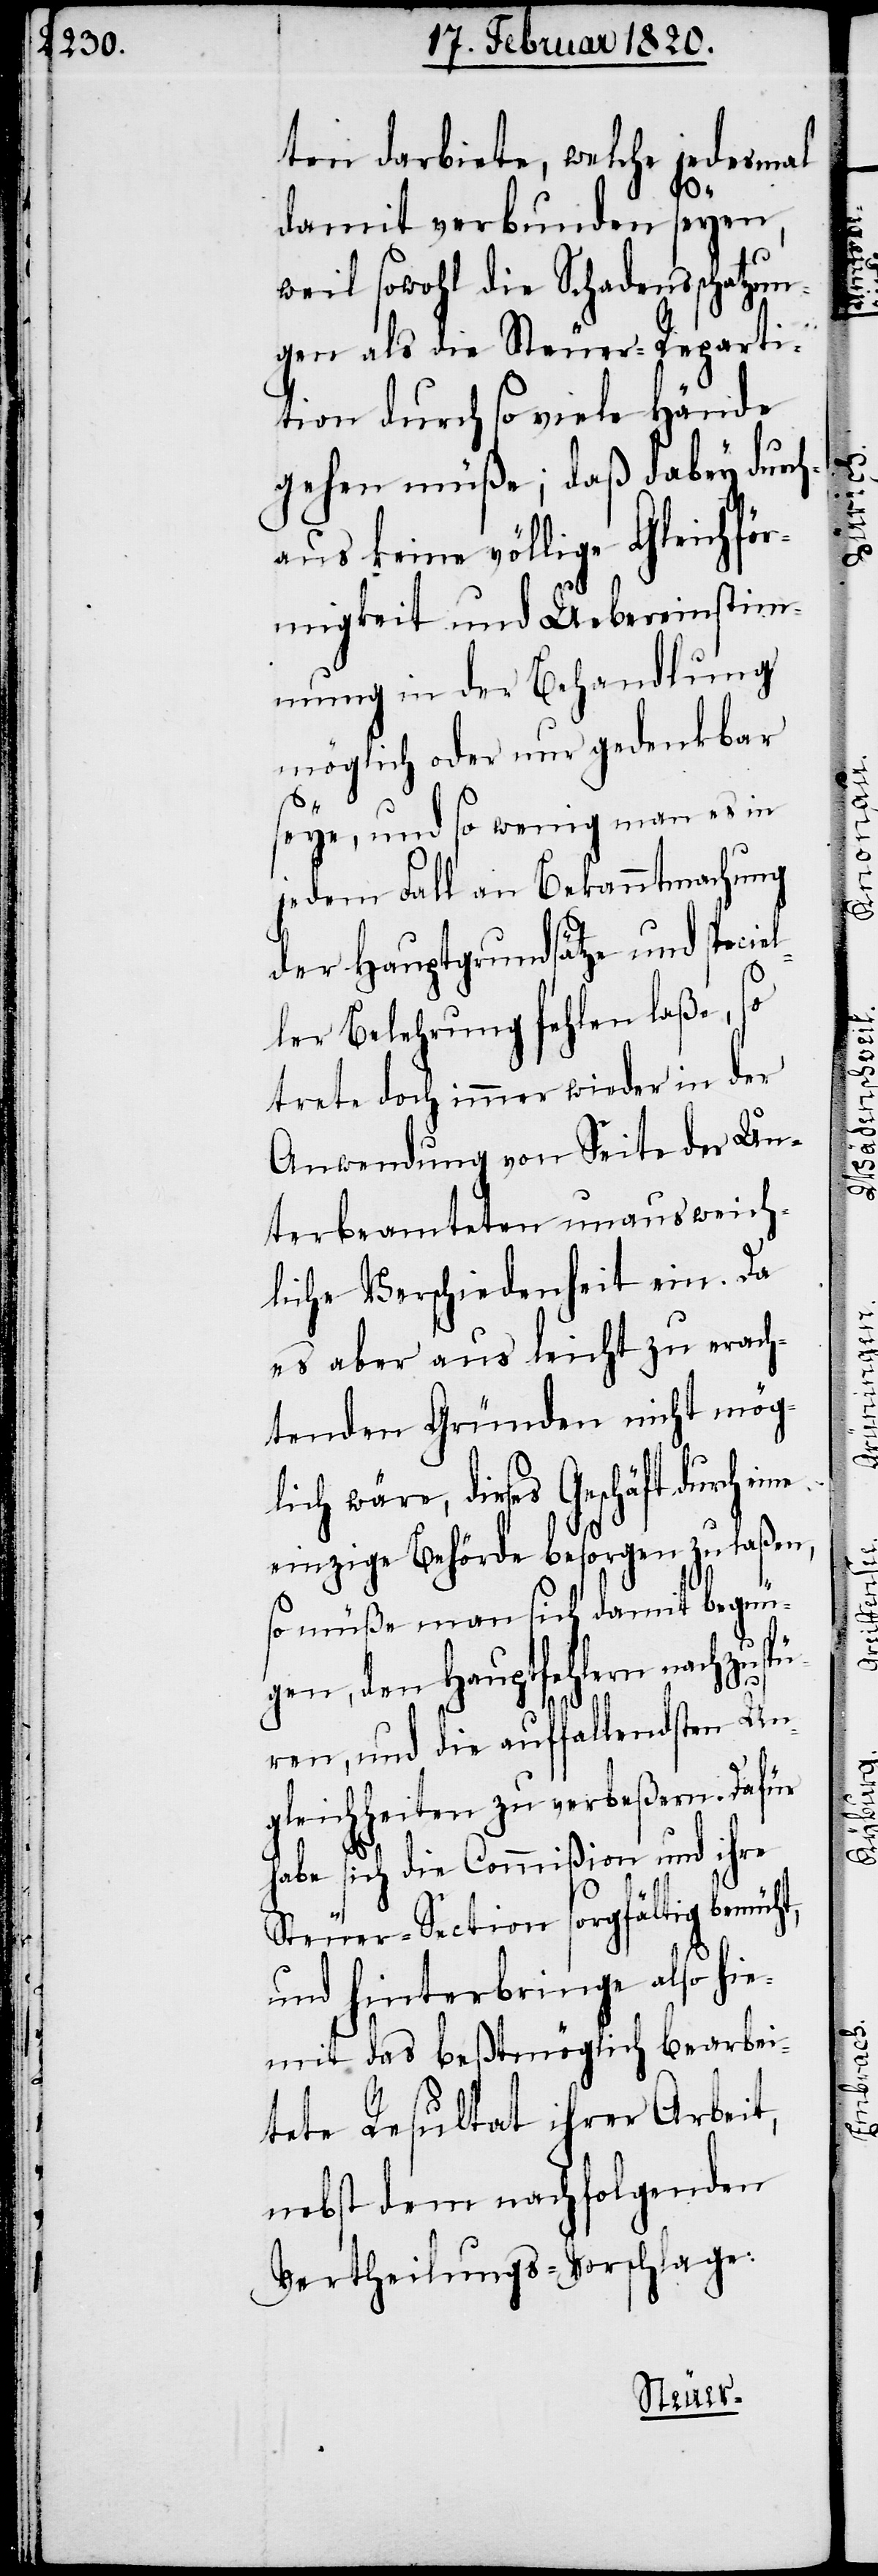
ten darbiete, welche jedesmal
damit verbunden seyen,
weil sowohl die Schadensschatzun¬
gen als die Steuer-Reparti¬
tion durch so viele Hände
gehen müße; daß dabey durch¬
aus keine völlige Gleichför¬
migkeit und Uebereinstim¬
mung in der Behandlung
möglich oder nur gedenkbar
seye, und so wenig man es in
jedem Fall an Bekanntmachung
der Hauptgrundsätze und speciel¬
ler Belehrung fehlen laße,
trete doch immer wieder in der
Anwendung von Seite der Un¬
terbeamteten unausweich¬
liche Verschiedenheit ein. Da
es aber aus leicht zu erach¬
tenden Gründen nicht mög¬
lich wäre, dieses Geschäft durch
einzige Behörde besorgen zu laßen,
so müße man sich damit begnü¬
gen, den Hauptfehlern nachzuspü¬
ren, und die auffallendsten Un¬
gleichheiten zu verbeßern. Dafür
habe sich die Commißion und ihre
Steuer-Section sorgfältig bemüht,
und hinterbringe also hie¬
mit das beßtmöglich bearbei¬
tete Resultat ihrer Arbeit,
nebst dem nachfolgenden
Vertheilungs-Vorschlage: